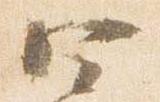
四